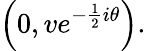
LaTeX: \left(0,ve^{-{\frac{1}{2}}i\theta}\right).